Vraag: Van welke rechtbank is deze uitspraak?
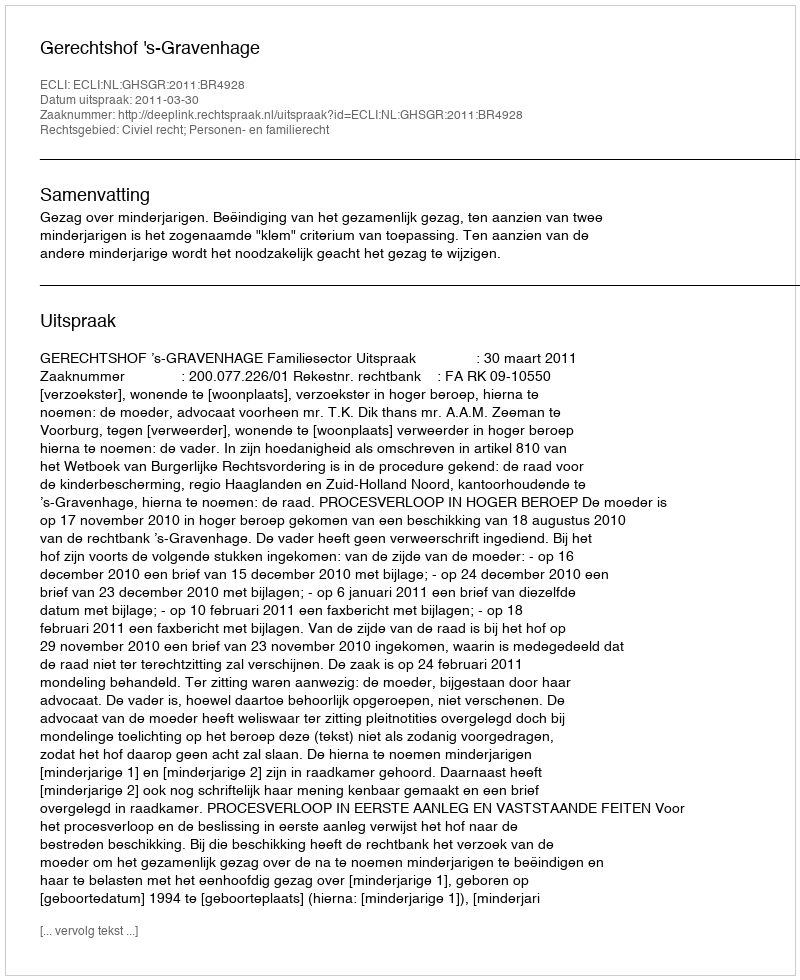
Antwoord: Gerechtshof 's-Gravenhage